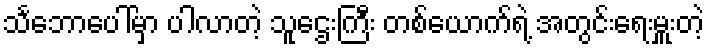
သင်္ဘောပေါ်မှာ ပါလာတဲ့ သူဌေးကြီး တစ်ယောက်ရဲ့ အတွင်းရေးမှူးတဲ့